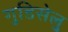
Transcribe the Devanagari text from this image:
गुडिसेलु